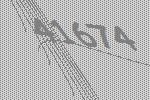
41674